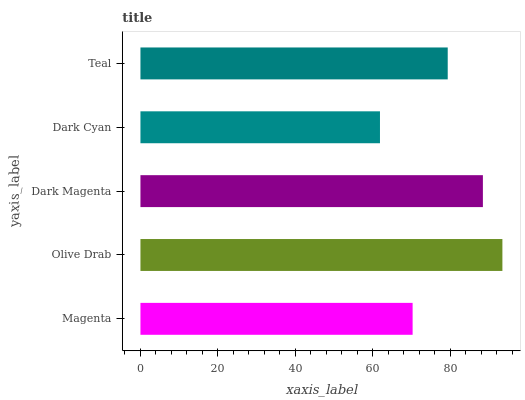
| yaxis_label | bars |
 | --- | --- |
 | Magenta | 70.3 |
 | Olive Drab | 93.5 |
 | Dark Magenta | 88.4 |
 | Dark Cyan | 61.9 |
 | Teal | 79.3 |